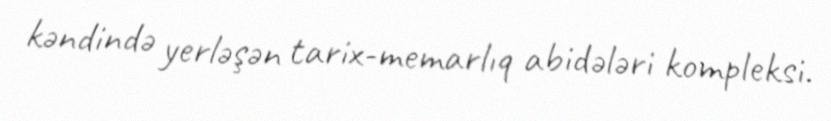
kəndində yerləşən tarix-memarlıq abidələri kompleksi.